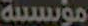
مؤسسية